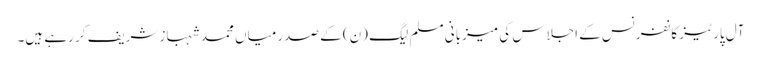
آل پارٹیز کانفرنس کے اجلاس کی میزبانی مسلم لیگ (ن) کے صدر میاں محمد شہباز شریف کر رہے ہیں۔